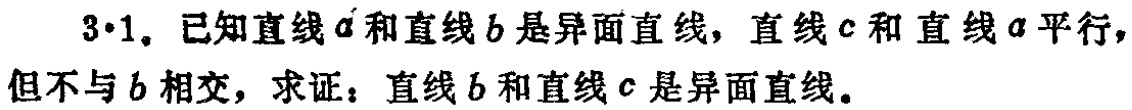
3·1. 已知直线\(a\)和直线\(b\)是异面直线，直线\(c\)和直线\(a\)平行，但不与\(b\)相交，求证：直线\(b\)和直线\(c\)是异面直线。